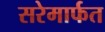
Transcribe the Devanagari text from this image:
सरेमार्फत